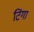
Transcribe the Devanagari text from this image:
टिंगा